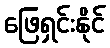
ဖြေရှင်းနိုင်